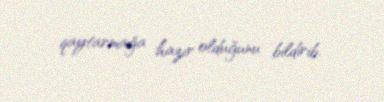
qaytarmağa hazır olduğunu bildirib.